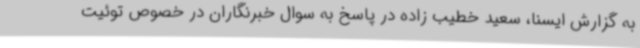
به گزارش ایسنا، سعید خطیب زاده در پاسخ به سوال خبرنگاران در خصوص توئیت